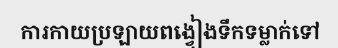
ការកាយប្រឡាយពង្វៀងទឹកទម្លាក់ទៅ